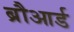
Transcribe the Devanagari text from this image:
ब्रौआर्ड